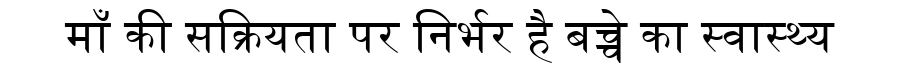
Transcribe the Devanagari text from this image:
माँ की सक्रियता पर निर्भर है बच्चे का स्वास्थ्य